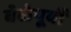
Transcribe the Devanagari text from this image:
वेळेपूर्वी